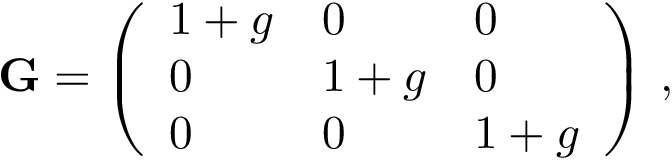
\mathbf { G } = \left( \begin{array} { l l l } { 1 + g } & { 0 } & { 0 } \\ { 0 } & { 1 + g } & { 0 } \\ { 0 } & { 0 } & { 1 + g } \end{array} \right) \, ,